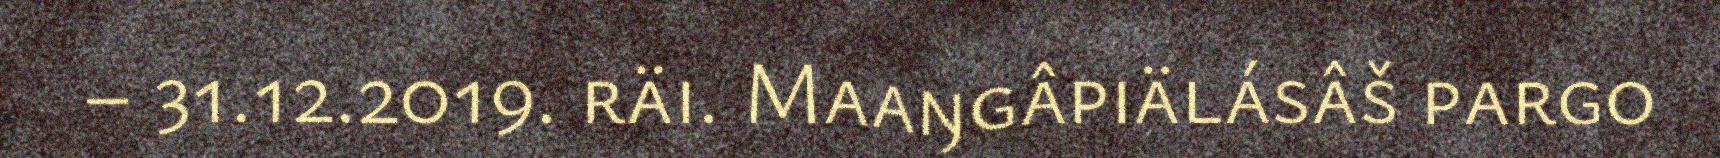
– 31.12.2019. räi. Maaŋgâpiälásâš pargo